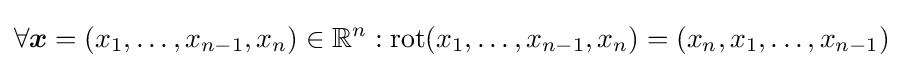
\forall {\boldsymbol {x}}=(x_{1},\ldots ,x_{n-1},x_{n})\in \mathbb {R} ^{n}:\operatorname {rot} (x_{1},\ldots ,x_{n-1},x_{n})=(x_{n},x_{1},\ldots ,x_{n-1})